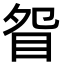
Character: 眢